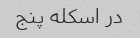
در اسکله پنج